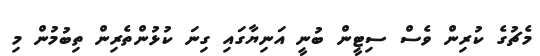
މެޗުގެ ކުރިން ވެސް ސިޓީން ބުނީ އަނިޔާގައި ގިނަ ކުޅުންތެރިން ތިބުމުން މި